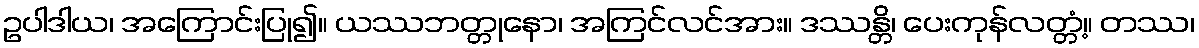
ဥပါဒါယ၊ အကြောင်းပြု၍။ ယဿဘတ္တုနော၊ အကြင်လင်အား။ ဒဿန္တိ၊ ပေးကုန်လတ္တံ့။ တဿ၊